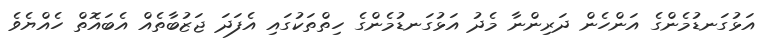
އަޅުގަނޑުމެންގެ އަންހެން ދަރިންނާ މެދު އަޅުގަނޑުމެންގެ ހިތްތަކުގައި އެފަދަ ޖަޒުބާތެއް އެބައޮތް ހެއްޔެވެ